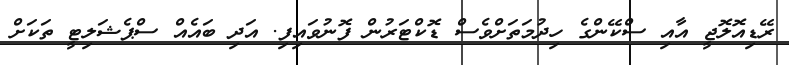
ރޭޑިއޮލޮޖީ އާއި ސްކޭންގެ ހިދުމަތަށްވެސް ޑޮކްޓަރުން ފޮނުވައިފި. އަދި ބައެއް ސްޕެޝަލިޓީ ތަކަށް